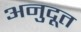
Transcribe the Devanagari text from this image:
अनुदूत